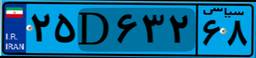
۰۵D۱۹۱۱۴